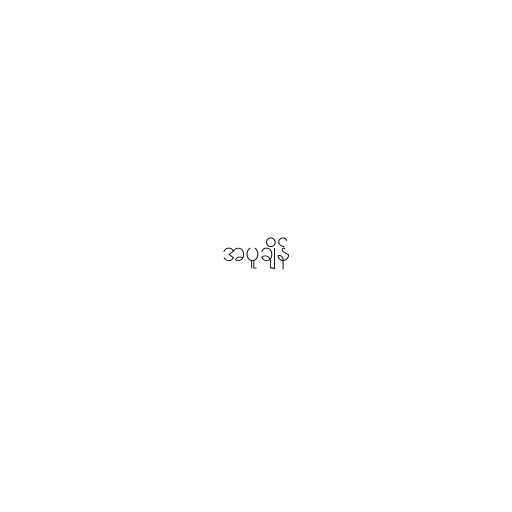
အပူချိန်